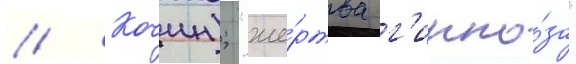
// Кочин); "же́ртва г'ипно́за"